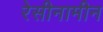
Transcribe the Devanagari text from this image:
रेसीनामीन